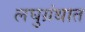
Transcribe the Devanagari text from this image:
लघुग्रंथात